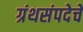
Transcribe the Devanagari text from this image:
ग्रंथसंपदेचे